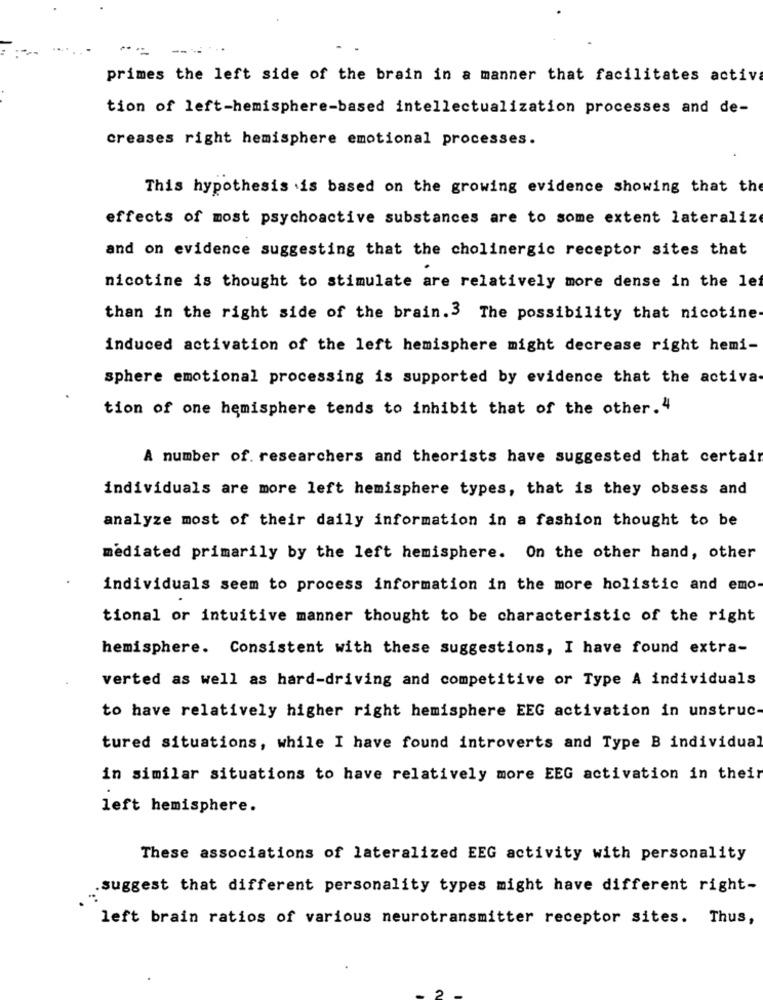
-
primes the left side of the brain in a manner that facilitates activa
tion of left-hemisphere-based intellectualization processes and de-
creases right hemisphere emotional processes.
This hypothesis .is based on the growing evidence showing that the
effects of most psychoactive substances are to some extent lateraliz
and on evidence suggesting that the cholinergic receptor sites that
nicotine is thought to stimulate are relatively more dense in the le
than in the right side of the brain.3 The possibility that nicotine
induced activation of the left hemisphere might decrease right hemi-
sphere emotional processing is supported by evidence that the activa-
tion of one hemisphere tends to inhibit that of the other. 4
A number of. researchers and theorists have suggested that certain
individuals are more left hemisphere types, that is they obsess and
analyze most of their daily information in a fashion thought to be
mediated primarily by the left hemisphere. On the other hand, other
individuals seem to process information in the more holistic and emo
tional or intuitive manner thought to be characteristic of the right
hemisphere. Consistent with these suggestions, I have found extra-
verted as well as hard-driving and competitive or Type A individuals
to have relatively higher right hemisphere EEG activation in unstruc
tured situations, while I have found introverts and Type B individual
in similar situations to have relatively more EEG activation in their
left hemisphere.
These associations of lateralized EEG activity with personality
.suggest that different personality types might have different right-
left brain ratios of various neurotransmitter receptor sites. Thus,